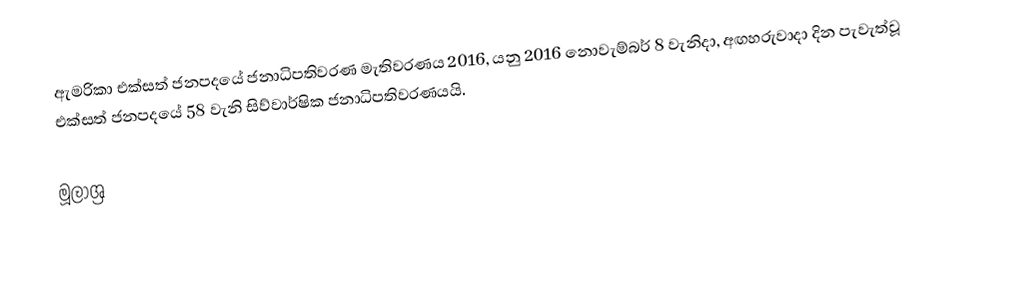
ඇමරිකා එක්සත් ජනපදයේ ජනාධිපතිවරණ මැතිවරණය 2016, යනු 2016 නොවැම්බර් 8 වැනිදා, අඟහරුවාදා දින පැවැත්වූ එක්සත් ජනපදයේ 58 වැනි සිව්වාර්ෂික ජනාධිපතිවරණයයි.

මූලාශ්‍ර